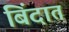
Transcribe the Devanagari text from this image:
बिंदात